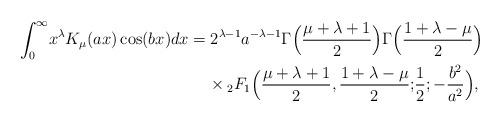
LaTeX: \begin{align*}\int_{0}^{\infty} \!x^{\lambda}K_{\mu} ( ax)\cos(bx) dx &= {2^{\lambda-1}a^{-\lambda-1}\Gamma\Big(\frac{\mu+\lambda+1}{2}\Big)\Gamma\Big(\frac{1+\lambda-\mu}{2}\Big)}\, \\&\;\;\;\; \times {}_{2}F_{1}\Big(\frac{\mu+\lambda+1}{2}, \frac{1+\lambda-\mu}{2};\!\frac{1}{2}; -\frac{b^2}{a^2} \Big),\end{align*}